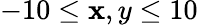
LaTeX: -10\leq\mathbf{x},y\leq10